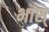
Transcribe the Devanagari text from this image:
भास्